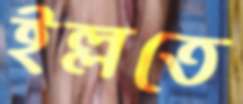
ইল্লতে